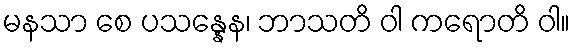
မနသာ စေ ပသန္နေန၊ ဘာသတိ ဝါ ကရောတိ ဝါ။